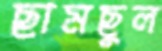
ছামছুল